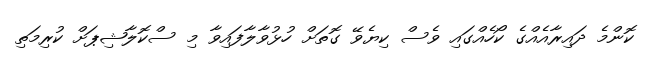
ކޮންމެ ދައިރާއެއްގެ ކޯހެއްގައި ވެސް ކިޔެވޭ ގޮތަށް ހުޅުވާލާފައިވާ މި ސްކޮލާޝިޕަށް ކުރިމަތި